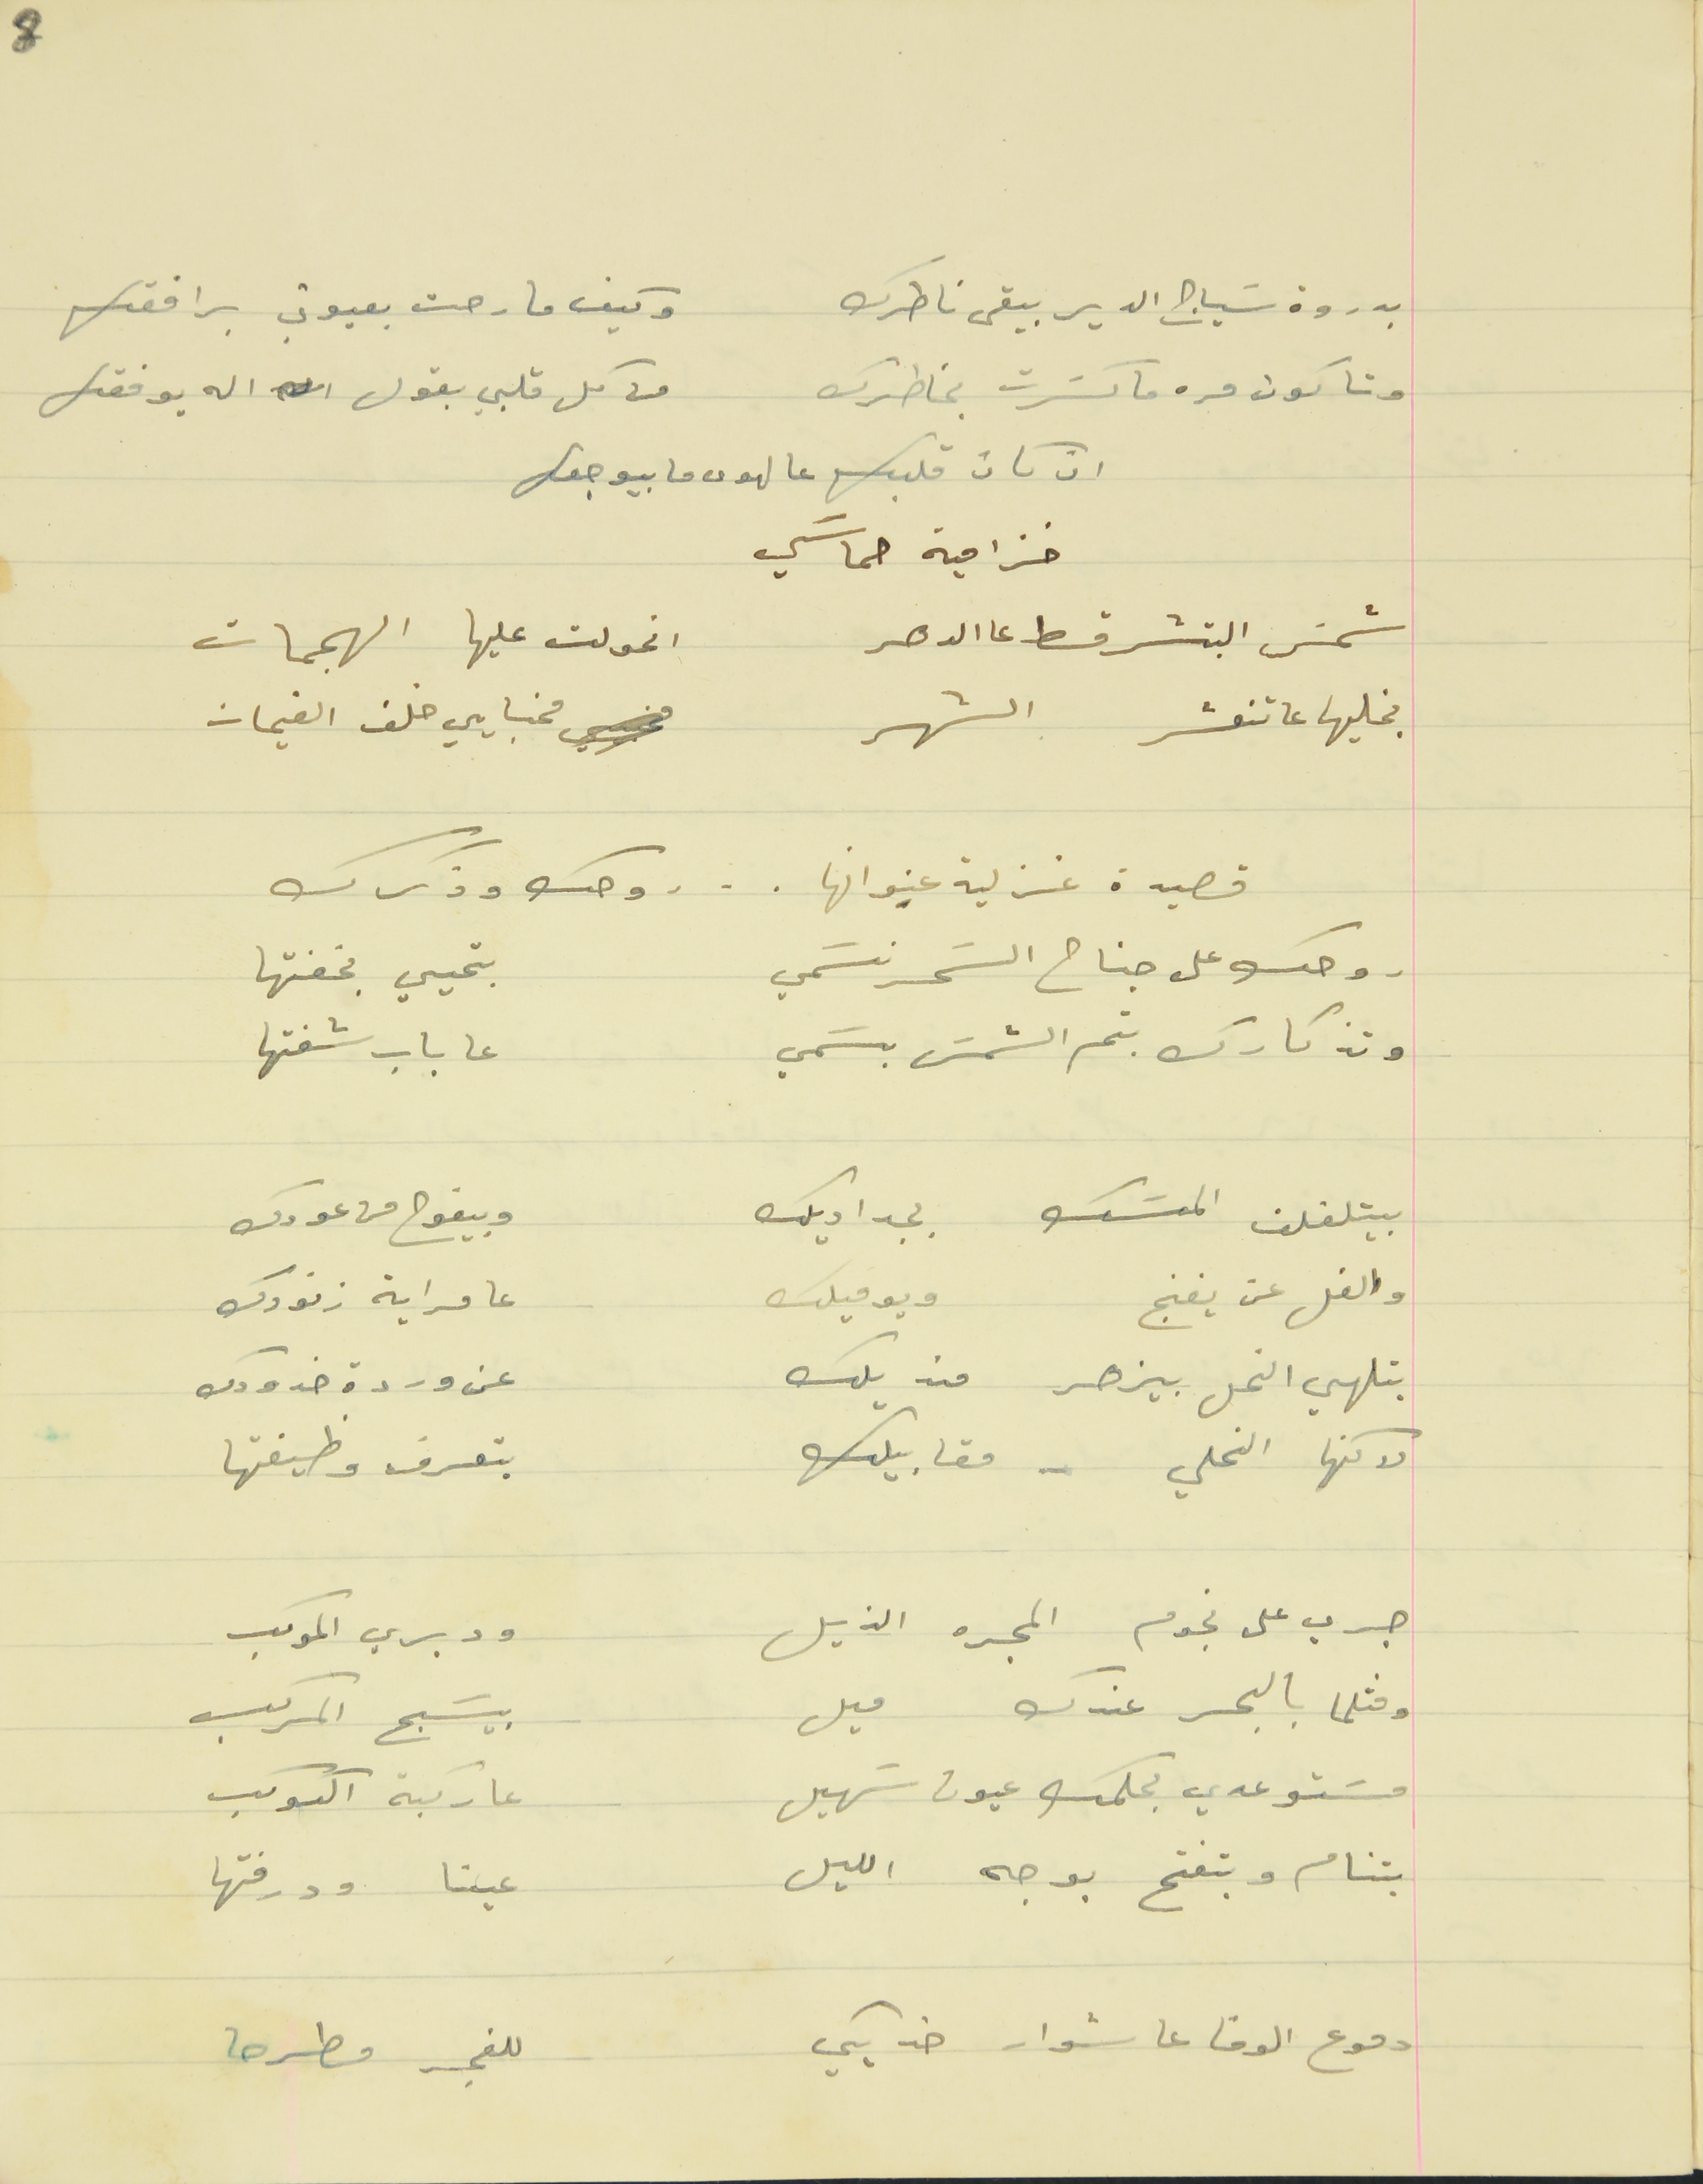
بدروة سَياج الدير ببقى ناطرك                         وكيف مارحت بعيوني برافقك
وتاكون مره ما كسَرت بخاطرك                        من كل قلبي بقول الله يوفقك
ان كان قلبك عالهوى ما بيوجعك
خزامية حماسَي
شمسَ البتشرقط عالدهر                                 اتحولت عليها الهجمات
بخليها عا تنعشر الشهر                                     مخبايي خلف الغيمات
قصيدة غزلية عنوانها . . . وجك وذكرك
وجك على جناح السَحر نسَمي                          بتحيي بخفتها
وتذكارك بتم الشمسَ بسَمي                              عاباب شفتها
بيتلفلف المسَك بجداويلك                                وبيفوح من عودك
والفل عن يغنج   ويوميلك                                   عا مراية زنودك
بتلهي النحل بيزهر منديلك                                   عن وردة خدودك
لاكنها النحلي - مقابيلك                                       بتعرف وظيفتها
جري على نجوم المجره الذيل                                  ودبري الموكب
ومثلما بالبحر عندك ميل                                       بيسَبح المركب
مسَتوعدي بحلمك عيون سَهيل                               عا ركبة الكوكب
بتنام وبتفتح بوجه الليل                                          عينا ودرفتها
دموع الوفا عا شوار خدا بكي                                  للفجر مطرحا